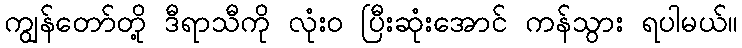
ကျွန်တော်တို့ ဒီရာသီကို လုံး၀ ပြီးဆုံးအောင် ကန်သွား ရပါမယ်။